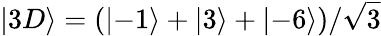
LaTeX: \left\lvert 3D\right\rangle=(\left\lvert-1\right\rangle+\left\lvert 3\right\rangle+\left\lvert-6\right\rangle)/\sqrt{3}